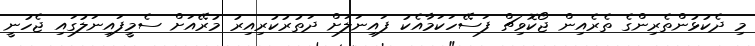
މި ދެކުޅުންތެރިންގެ ތެރެއިން ޖޯކޮވިޗް ފަސޭހަކަމާއެކު ފައިނަލަށް ދަތުރުކުރިއިރު މުރޭއަށް ސެމީފައިނަލުގައި ޖެހުނީ